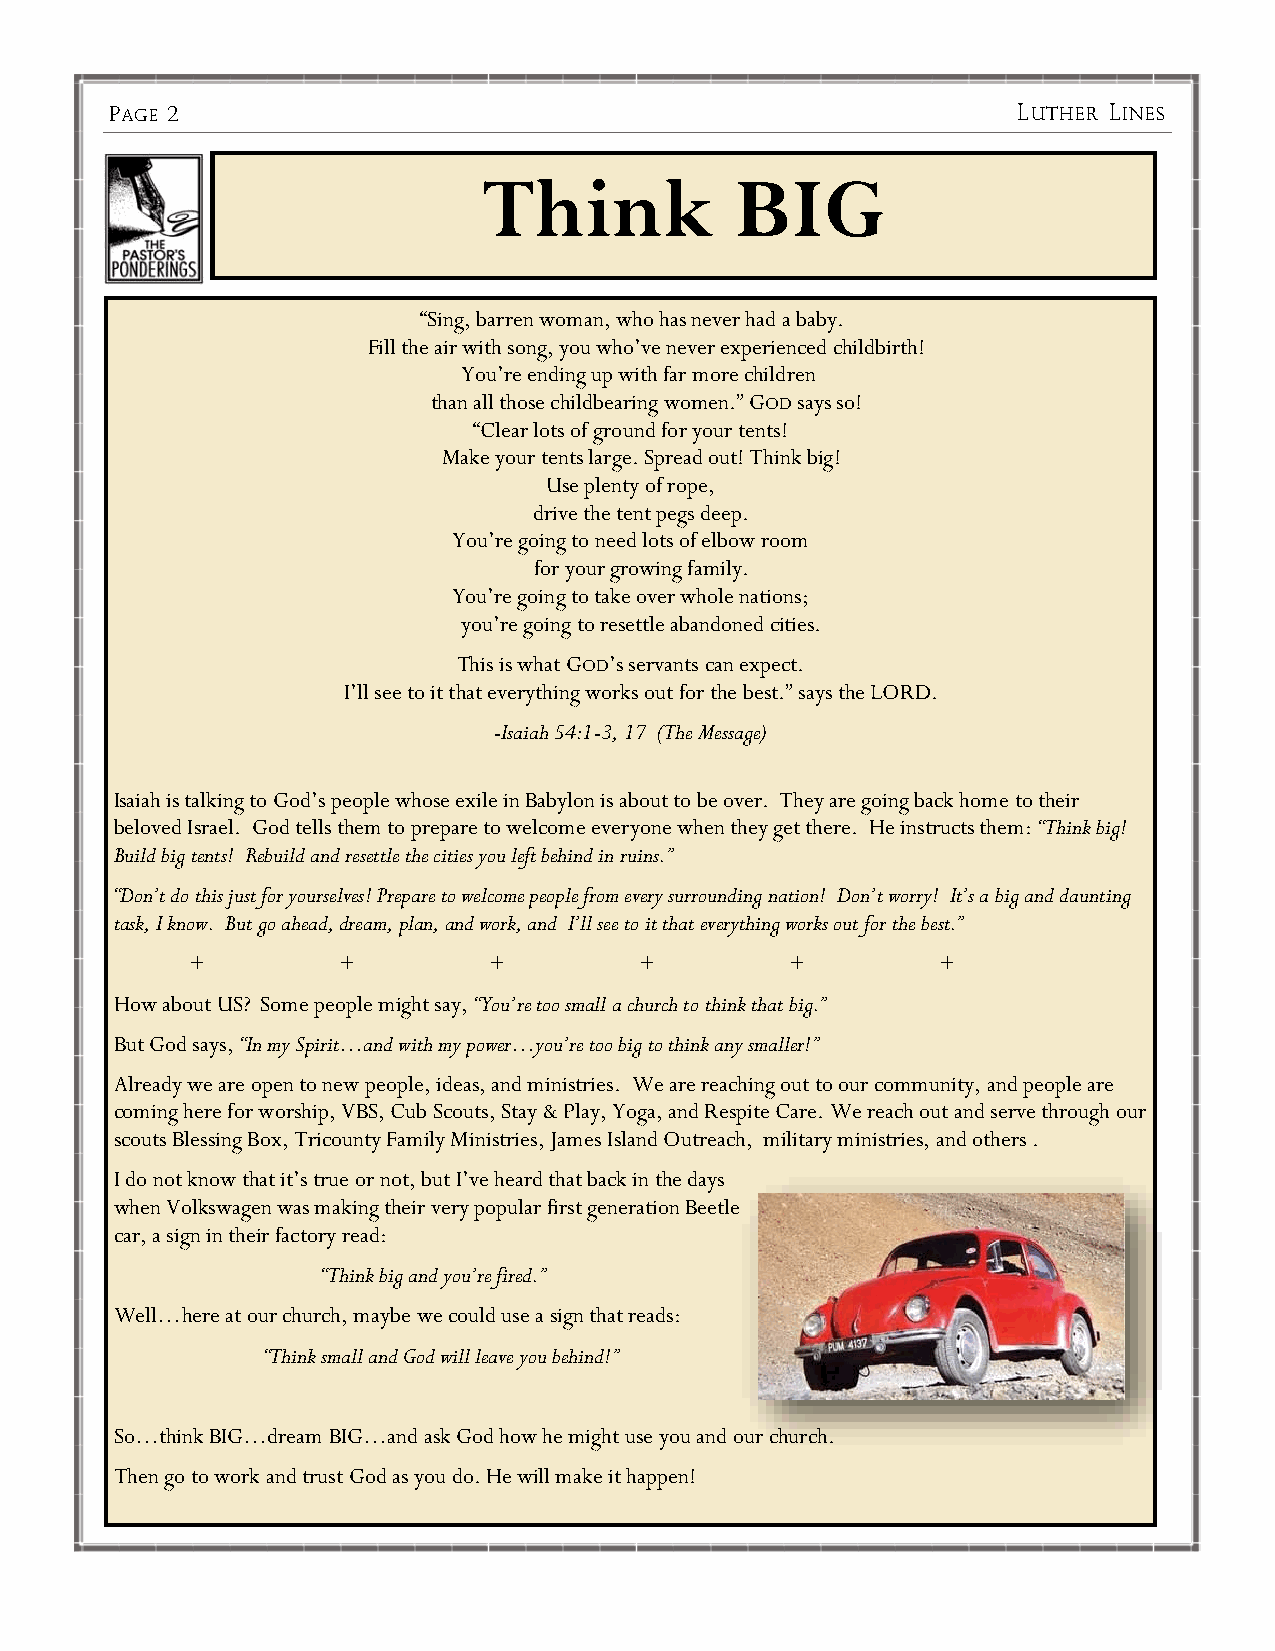
PPAAGGEE 22                                                 LLUUTTHHEERR LLIINNEESS
 Think            BIG
 “Sing, barren woman, who has never had a baby.
 Fill the air with song, you who’ve never experienced childbirth!
 You’re ending up with far more children
 than all those childbearing women.” GOD says so!
 “Clear lots of ground for your tents!
 Make your tents large. Spread out! Think big!
 Use plenty of rope,
 drive the tent pegs deep.
 You’re going to need lots of elbow room
 for your growing family.
 You’re going to take over whole nations;
 you’re going to resettle abandoned cities.
 This is what GOD’s servants can expect.
 I’ll see to it that everything works out for the best.” says the LORD.
 -Isaiah 54:1-3, 17 (The Message)
 Isaiah is talking to God’s people whose exile in Babylon is about to be over. They are going back home to their
 beloved Israel. God tells them to prepare to welcome everyone when they get there. He instructs them: “Think big!
 Build big tents! Rebuild and resettle the cities you left behind in ruins.”
 “Don’t do this just for yourselves! Prepare to welcome people from every surrounding nation! Don’t worry! It’s a big and daunting
 task, I know. But go ahead, dream, plan, and work, and I’ll see to it that everything works out for the best.”
 +         +         +         +         +         +
 How about US? Some people might say, “You’re too small a church to think that big.”
 But God says, “In my Spirit…and with my power…you’re too big to think any smaller!”
 Already we are open to new people, ideas, and ministries. We are reaching out to our community, and people are
 coming here for worship, VBS, Cub Scouts, Stay & Play, Yoga, and Respite Care. We reach out and serve through our
 scouts Blessing Box, Tricounty Family Ministries, James Island Outreach, military ministries, and others .
 I do not know that it’s true or not, but I’ve heard that back in the days
 when Volkswagen was making their very popular first generation Beetle
 car, a sign in their factory read:
 “Think big and you’re fired.”
 Well…here at our church, maybe we could use a sign that reads:
 “Think small and God will leave you behind!”
 So…think BIG…dream BIG…and ask God how he might use you and our church.
 Then go to work and trust God as you do. He will make it happen!